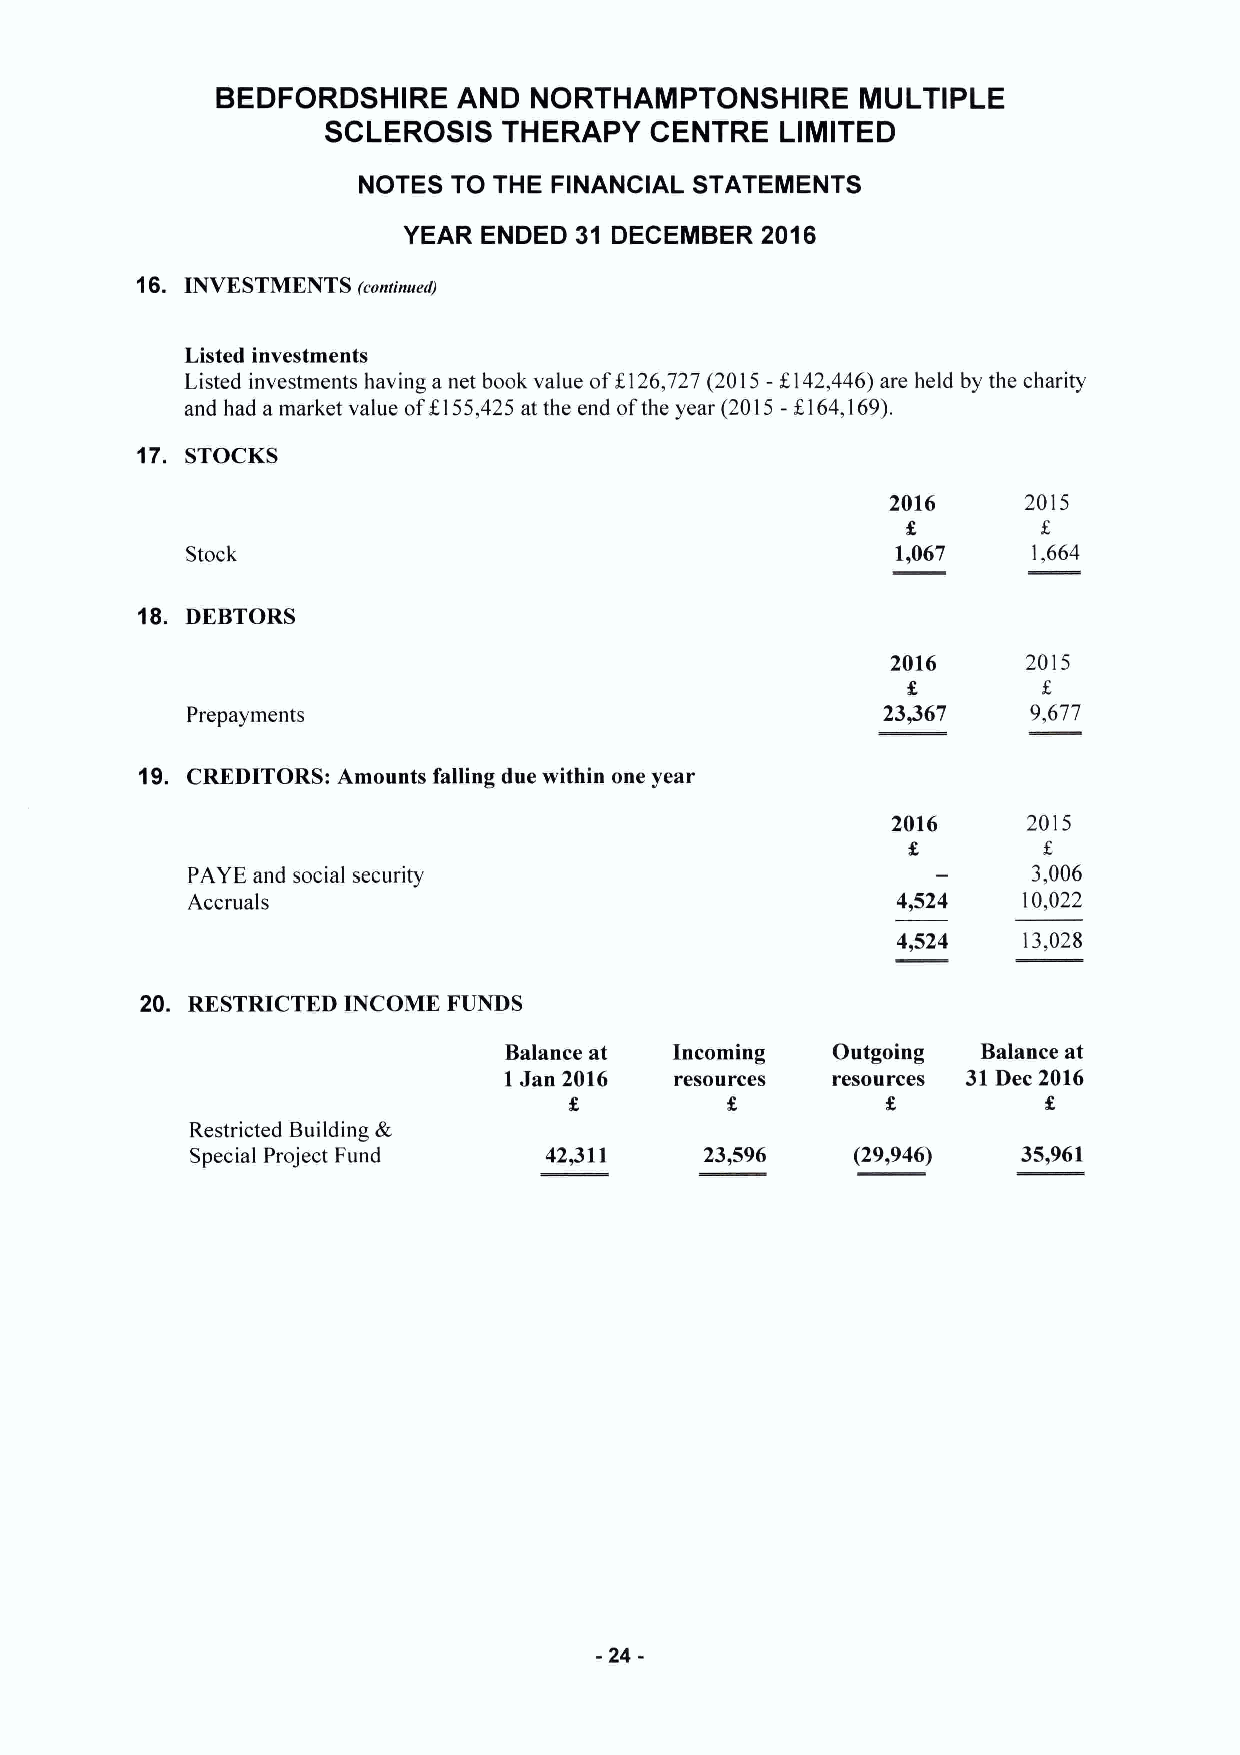
BEDFORDSHIRE    AND  NORTHAMPTONSHIRE      MULTIPLE
 SCLEROSIS  THERAPY   CENTRE   LIMITED
 NOTES TO THE FINANCIAL STATEMENTS
 YEAR ENDED 31 DECEMBER 2016
 16. INVESTMENTS
 (continued)
 Listed investments
 Listed investments having a net book value off126,727 (2015-6142,446) are held by the charity
 and had a market value off155,425 at the end ofthe year (2015-f164,169).
 17. STOCKS
 2016     2015
 Stock                                          1,067    1,664
 18. DEBTORS
 2016     2015
 Prepayments                                   23,367    9,677
 19. CREDITORS: Amounts falling due within one year
 2016     2015
 PAYE and social security                                3,006
 Accruals                                       4,524    10,022
 4,524    13,028
 20. RESTRICTED INCOME FUNDS
 Balance at  Incoming  Outgoing  Balance at
 1Jan 2016   resources resources 31Dec 2016
 Restricted Building &
 Special Project Fund   42,311     23,596   (29,946)    35,961
 -24-